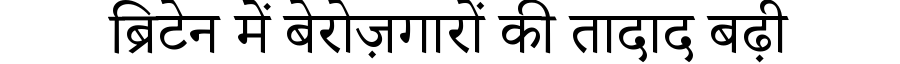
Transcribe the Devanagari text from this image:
ब्रिटेन में बेरोज़गारों की तादाद बढ़ी